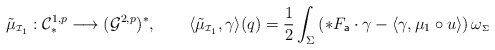
\begin{align*} \tilde{\mu}_{\scriptscriptstyle\mathcal{I}_{1}}: \mathcal{C}^{1,p}_{\ast} \longrightarrow (\mathcal{G}^{2,p})^{*}, ~~~~~~\langle \tilde{\mu}_{\scriptscriptstyle\mathcal{I}_{1}}, \gamma \rangle (q) = \frac{1}{2}\int_{\Sigma} \left(\ast F_{\mathsf{a}} \cdot \gamma - \langle \gamma, \mu_{1}\circ u\rangle \right)\omega_{\scriptscriptstyle\Sigma}\end{align*}